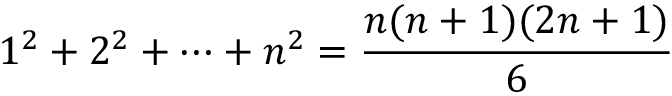
1 ^ { 2 } + 2 ^ { 2 } + \cdots + n ^ { 2 } = { \frac { n ( n + 1 ) ( 2 n + 1 ) } { 6 } }